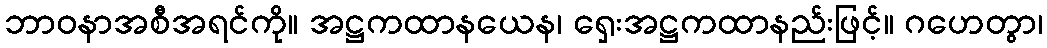
ဘာဝနာအစီအရင်ကို။ အဋ္ဌကထာနယေန၊ ရှေးအဋ္ဌကထာနည်းဖြင့်။ ဂဟေတွာ၊